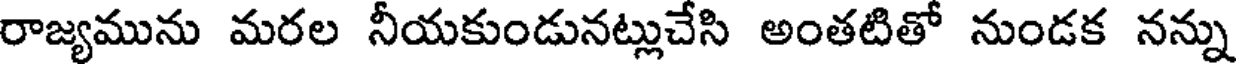
రాజ్యమును మరల నీయకుండునట్లుచేసి అంతటితో నుండక నన్ను